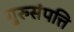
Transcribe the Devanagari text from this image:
गुरुसंपत्ति